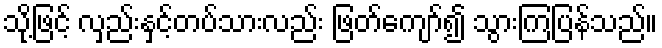
သို့ဖြင့် လှည်းနှင့်တပ်သားလည်း ဖြတ်ကျော်၍ သွားကြပြန်သည်။